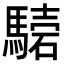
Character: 𩥟